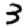
Digit: 3